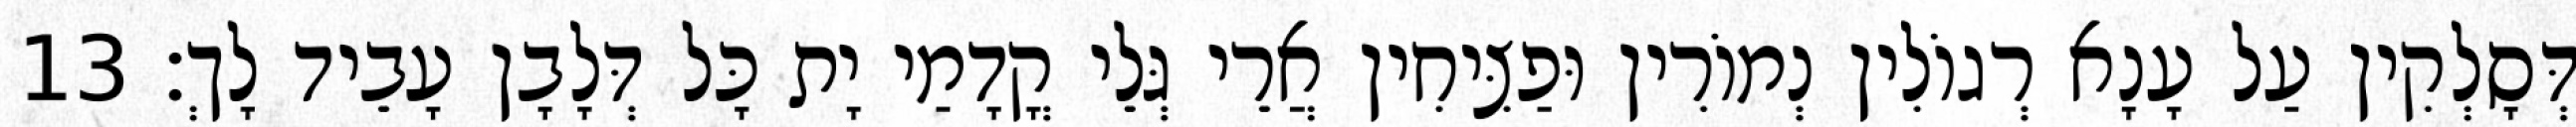
דְּסָלְקִין עַל עָנָא רְגוֹלִין נְמוֹרִין וּפַצִּיחִין אֲרֵי גְּלֵי קֳדָמַי יָת כָּל דְּלָבָן עָבֵיד לָךְ׃ 13